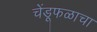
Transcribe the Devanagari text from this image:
चेंडूफळाचा